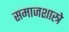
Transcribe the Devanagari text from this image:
समाजशास्त्रे